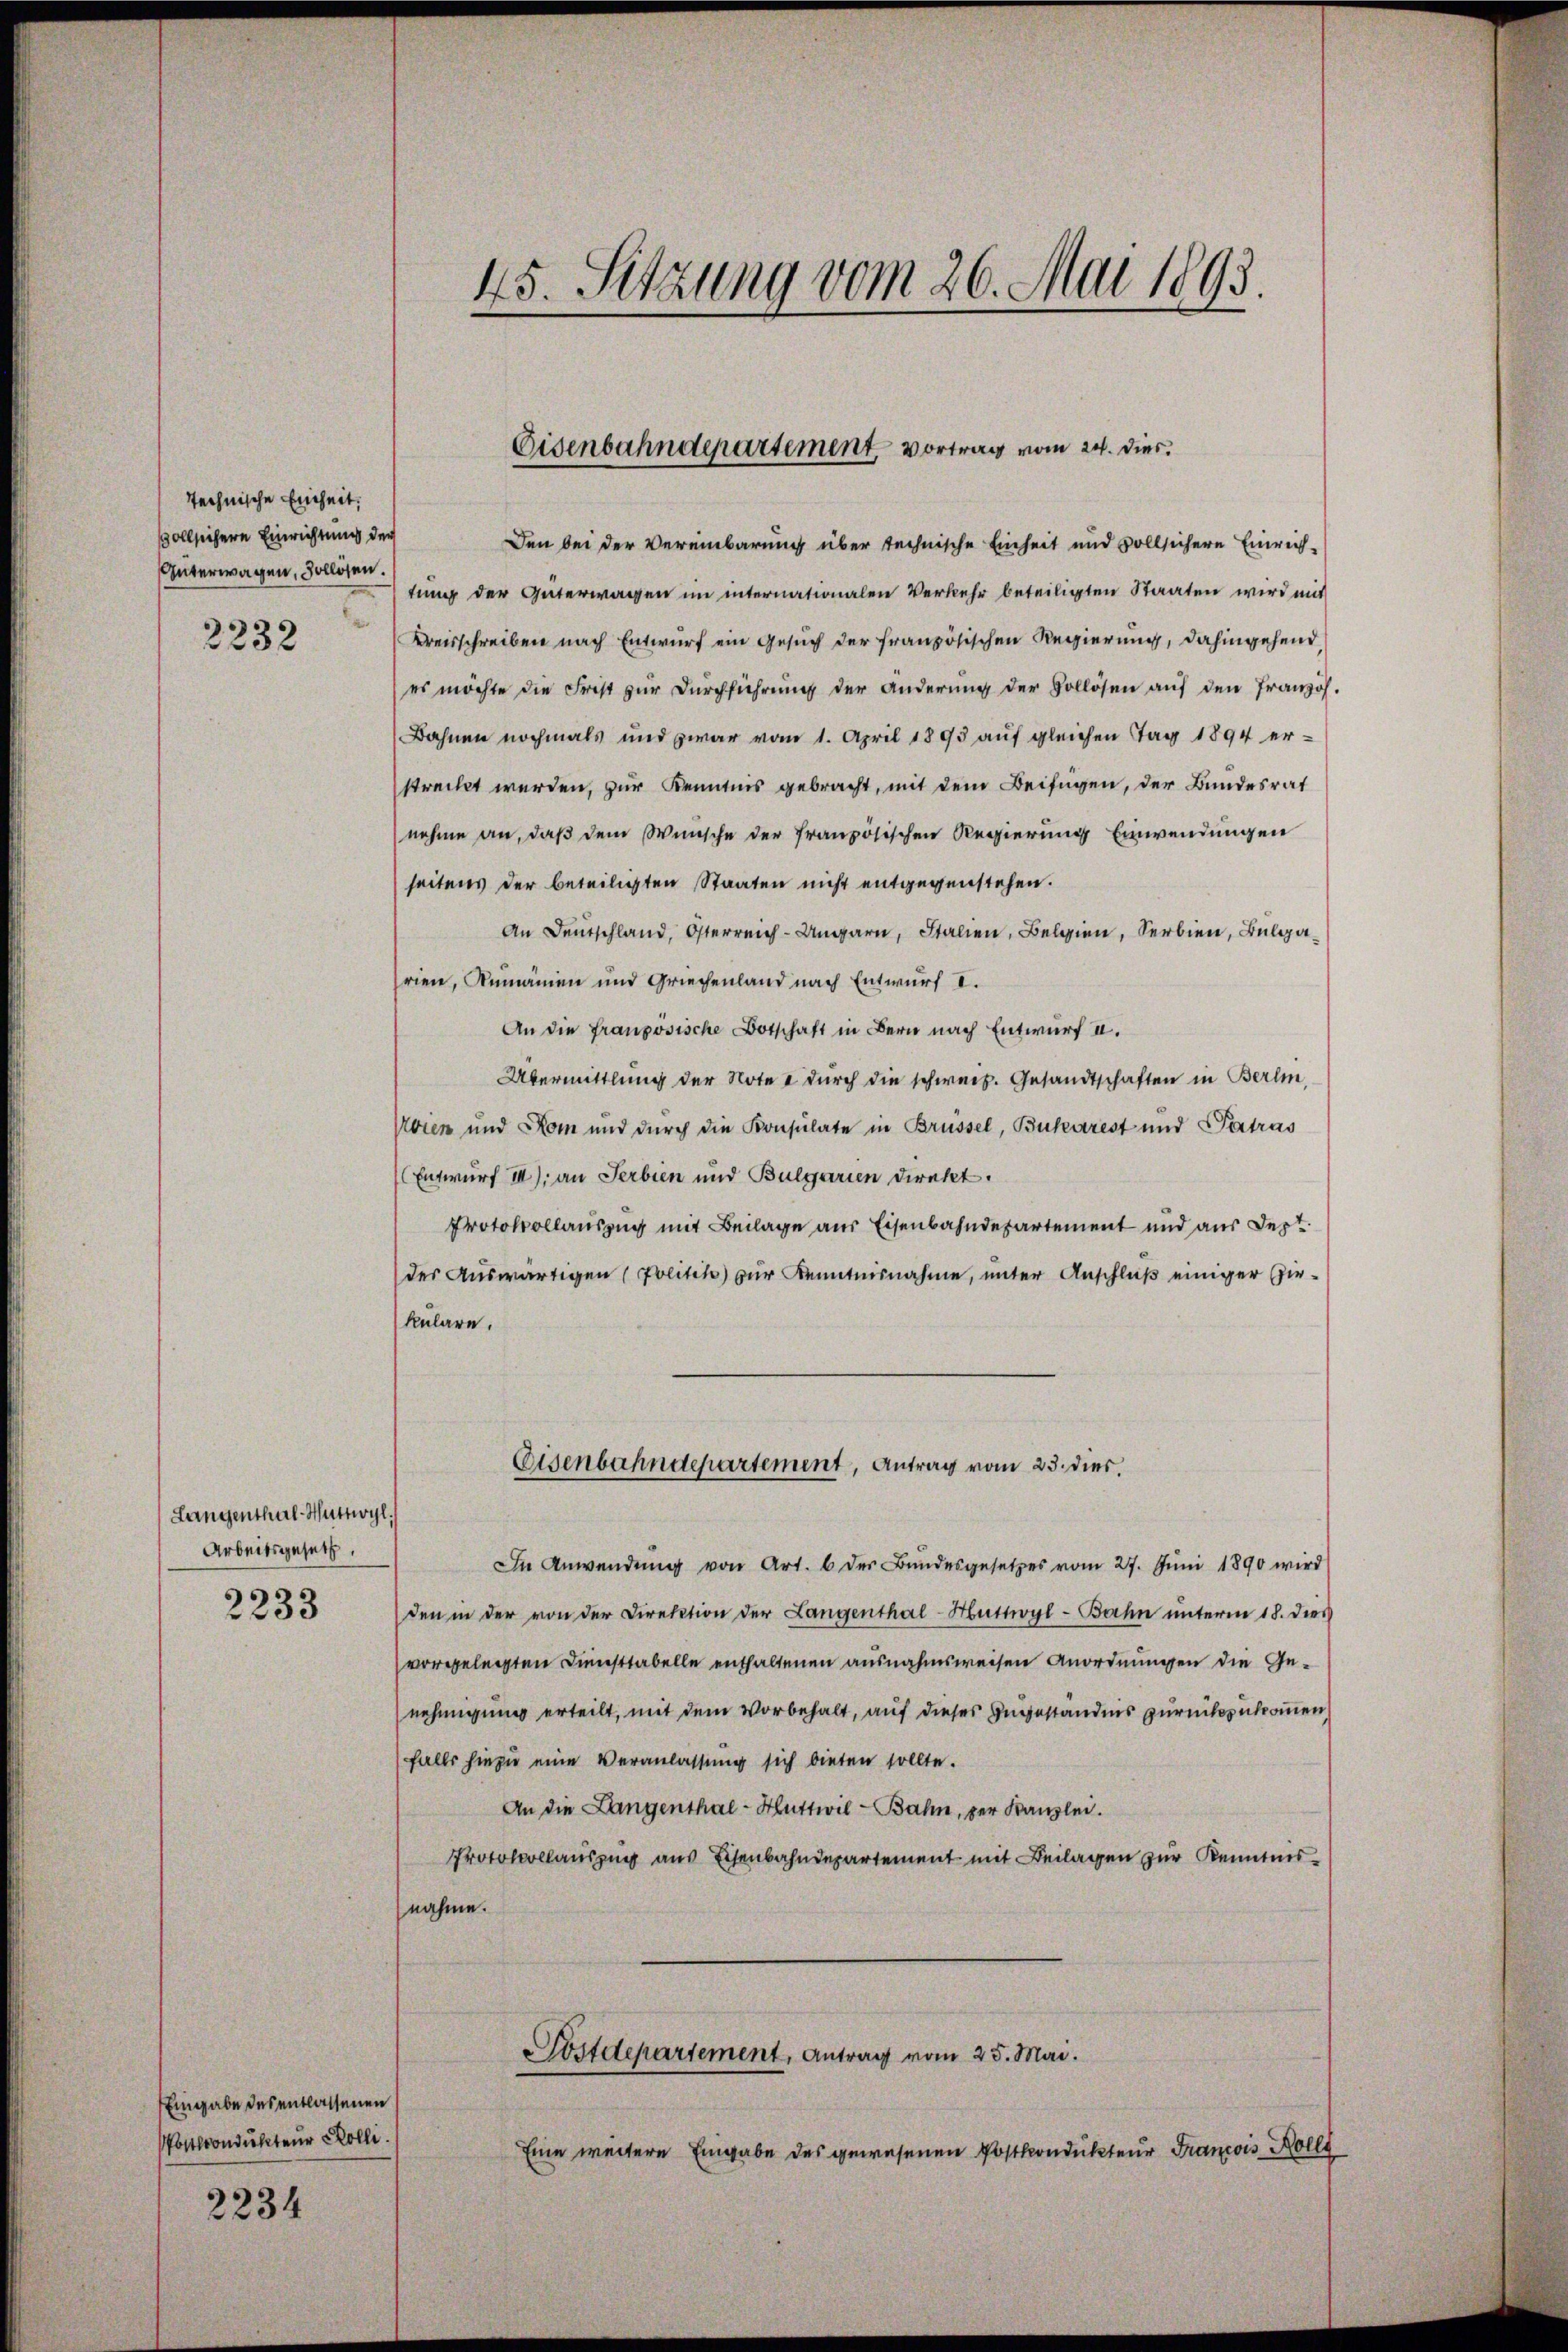
technische Einheit.
ollschere Einrichtung der
Güterwagen, Sollösen.
e
2232

Langenthal-Huttwyl
Arbeitsgesetz

2233

Eingabe des entlassenen
Postrondukteur Kolli
2234

45. Sitzung vom 26. Mai 1893.

Eisenbahndepartement, Vortrag vom 24. dies.

Den bei der Vereinbarung über technische Einheit und vollsichere Einrich-
tung der Güterwagen im internationalen Verkehr beteiligten Staaten wird mit
Kreisschreiben nach Entwurf ein Gesuch der französischen Regierung, dahingehend,
es möchte die Frist zur Durchführung der Anderung der Sollösen auf den Französ.
Bahnen nochmals und zwar vom 1. April 1893 auf gleichen Tag 1894 er-
streckt werden, zur Kenntnis gebracht, mit dem Beifügen, der Bundesrat
nehme an, daß dem Wunsche der französischen Regierung Einwendungen
seitens der beteiligten Staaten nicht entgegenstehen.
An Deutschland, Österreich-Ungarn, Italien, Belgien, Serbien, Bulgarien, Rumänien und Griechenland nach Entwurf I.
An die französische Botschaft in Bern nach Entwurf II.
Übermittlung der Note & durch die schweiz. Gesandtschaften in Berlin,
roren und Rom und durch die Konsulate in Brüssel, Bucharest und Patras
Entwurf II) an Serbien und Bulgarien direkt.
Protokollauszug mit Beilage aus Eisenbahndepartement und aus Sept.
des Auswärtigen (Politik zur Kenntnisnahme, unter Anschluß einiger Einkulare.
Eisenbahndepartement, Antrag vom 23. dies
In Anwendŭng von Art. 6 der Bundesgesetzes vom 27. Jŭni 1890 wird
den in der von der Direktion der Langenthal-Huttwyl-Bahn unterm 18. dies
vorgelegten Diensttabelle enthaltenen ausnahmsweisen Anordnungen die Genehmigung erteilt, mit dem Vorbehalt, auf dieses Angeständnis zurückzukommen,
falls hiezu eine Veranlassung sich bieten sollte.
An die Langenthal-Huttwil-Bahn, per Kanzlei.
Protokollauszug aus Eisenbahndepartement mit Beilagen zur Kenntnisnahme.
Postdepartement, Antrag vom 25. Mai.
Eine weitere Eingabe des gewesenen Postkondukteur Francois Holl